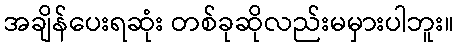
အချိန်ပေးရဆုံး တစ်ခုဆိုလည်းမမှားပါဘူး။